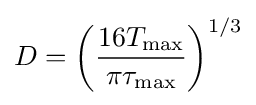
D=\left({\frac {16T_{\max }}{\pi {\tau }_{\max }}}\right)^{1/3}